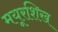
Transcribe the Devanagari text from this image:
मयूरशिख